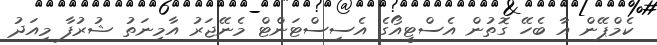
ކެމްޕޭން އާ ބެހޭ ގޮތުން އެސްޓީއޯގެ އެސިސްޓަންޓް މެނޭޖަރު އާމިނަތު ޝުރުފާ މިއަދު